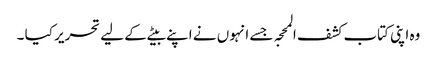
وہ اپنی کتاب کشف المحجہ جسے انہوں نے اپنے بیٹے کے لیے تحریر کیا ۔